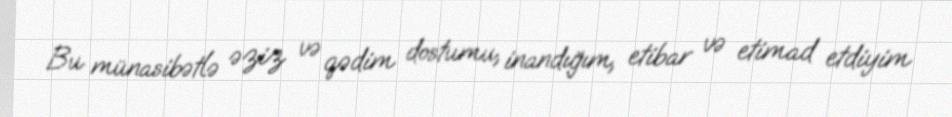
Bu münasibətlə əziz və qədim dostumu, inandığım, etibar və etimad etdiyim